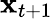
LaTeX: {\mathbf x}_{t+1}